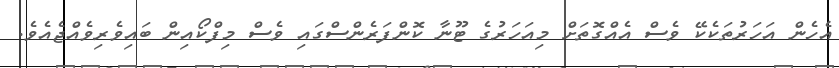
އެހެން އަހަރުތަކެކޭ ވެސް އެއްގޮތަށް މިއަހަރުގެ ޓޫނާ ކޮންފަރެންސްގައި ވެސް މިފްކޯއިން ބައިވެރިވެއްޖެއެވެ.